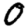
Digit: 0